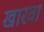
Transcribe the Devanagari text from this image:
खारवा